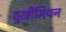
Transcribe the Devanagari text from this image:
दुर्खीमियन